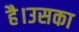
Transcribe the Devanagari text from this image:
है।उसका